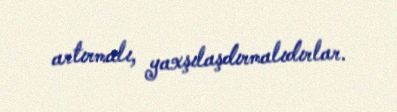
artırmalı, yaxşılaşdırmalıdırlar.